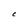
Character: C